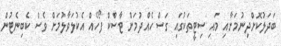
ބަދަލުކޮށްދިނުމަށާއި މައި ސިޓީތަކުގައި ގަސް ހެއްދުމަށް ޓާސްކް ފޯހެއް އެކުލަވާލުމަށް ވެސް ކެބިނެޓުން